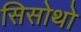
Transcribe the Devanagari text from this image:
सिसोथो